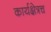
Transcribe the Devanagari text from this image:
कार्यक्षेत्रच